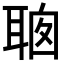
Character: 𦕻